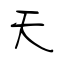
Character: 天